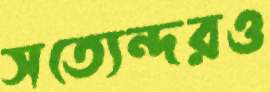
সত্যেন্দরও